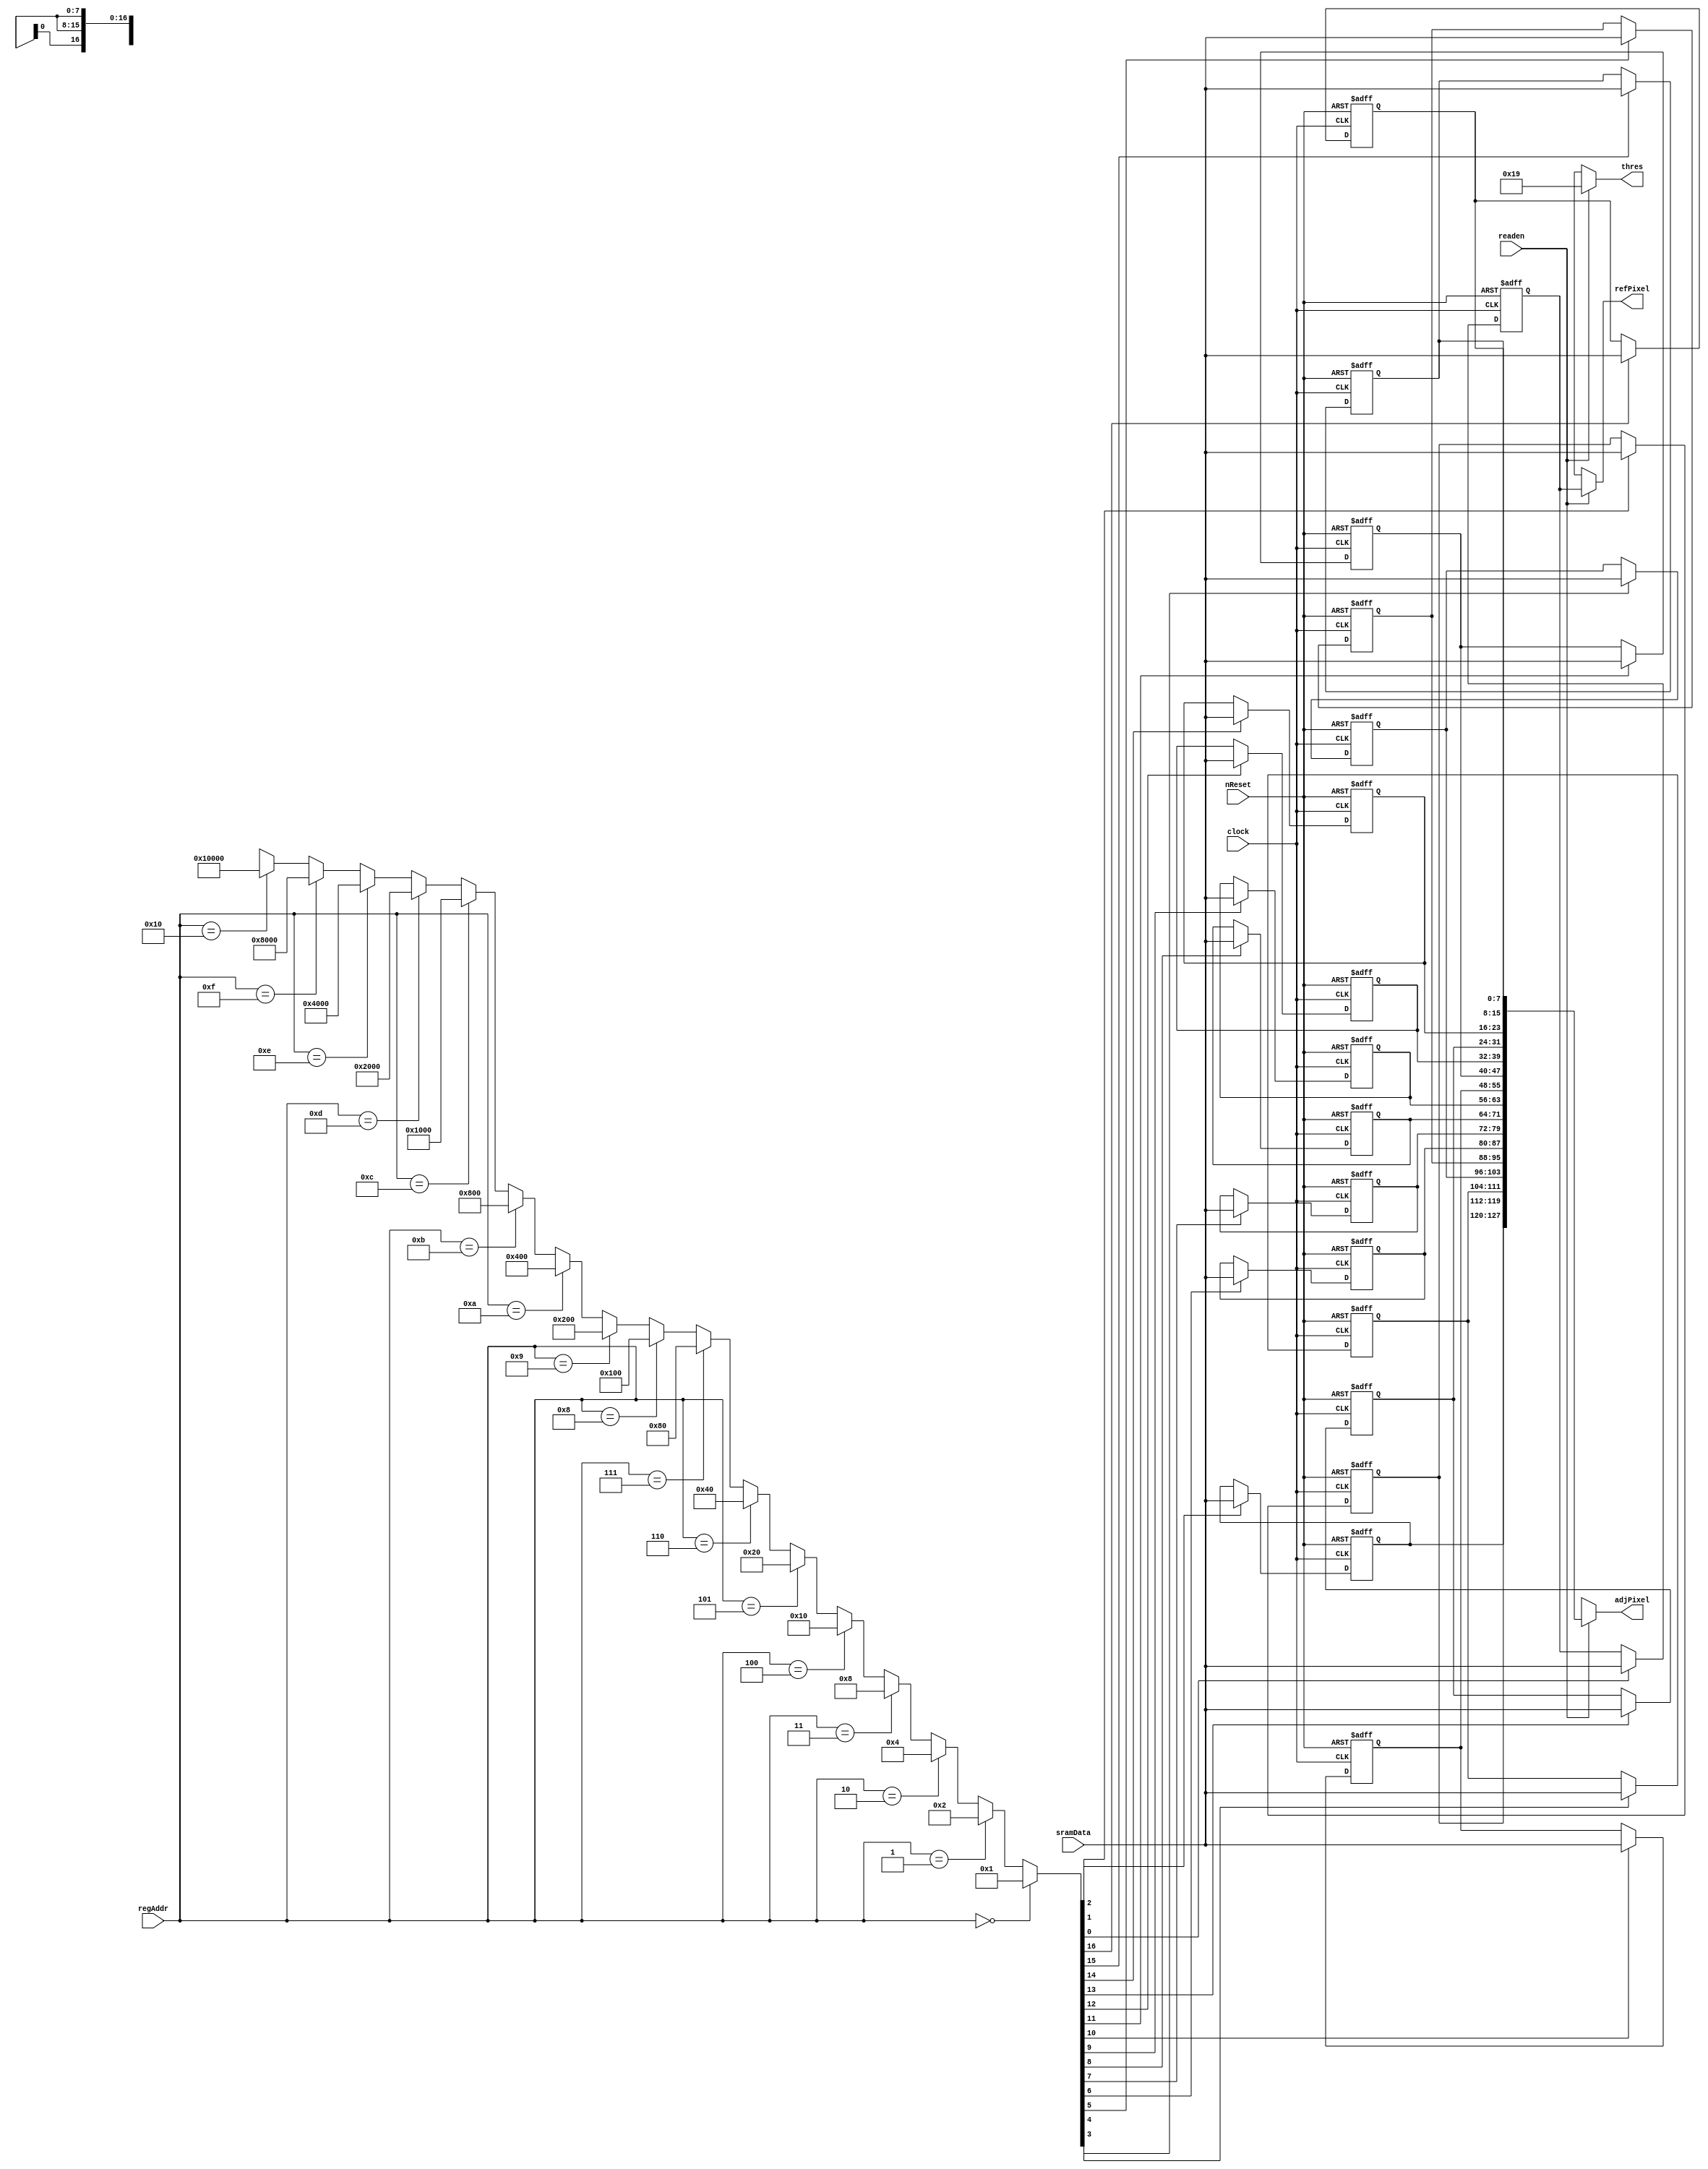
module FD_Reg (clock, nReset, readen, regAddr, sramData, refPixel, adjPixel, thres);
	input clock;
	input nReset;
	input readen; // Datapath input    
	input [4:0] regAddr; //  
	input [7:0] sramData; //   
	output [7:0] refPixel; //   
	output [127:0] adjPixel; //  16  
	output [7:0] thres; // 

	reg [7:0] refPoint; //   
	reg [7:0] r1, r2, r3, r4, r5, r6, r7, r8, r9, r10, r11, r12, r13, r14, r15, r16; //  16   
	
	//        ,  16   .
	wire [16:0] decoder;
	assign decoder =
		(regAddr == 5'd0) ? 17'd1 :
		(regAddr == 5'd1) ? 17'd2 :
		(regAddr == 5'd2) ? 17'd4 :
		(regAddr == 5'd3) ? 17'd8 :
		(regAddr == 5'd4) ? 17'd16 :
		(regAddr == 5'd5) ? 17'd32 :
		(regAddr == 5'd6) ? 17'd64 :
		(regAddr == 5'd7) ? 17'd128 :
		(regAddr == 5'd8) ? 17'd256 :
		(regAddr == 5'd9) ? 17'd512 :
		(regAddr == 5'd10) ? 17'd1024 :
		(regAddr == 5'd11) ? 17'd2048 :
		(regAddr == 5'd12) ? 17'd4096 :
		(regAddr == 5'd13) ? 17'd8192 :
		(regAddr == 5'd14) ? 17'd16384 :
		(regAddr == 5'd15) ? 17'd32768 :
		(regAddr == 5'd16) ? 17'd65536 : 17'bx;
	
	always @ (posedge clock or negedge nReset)
		if (!nReset)
			refPoint <= 8'bx;
		else if (decoder[0])
			refPoint <= sramData;
			
	always @ (posedge clock or negedge nReset)
		if (!nReset)
			r1 <= 8'bx;
		else if (decoder[1])
			r1 <= sramData;

	always @ (posedge clock or negedge nReset)
		if (!nReset)
			r2 <= 8'bx;
		else if (decoder[2])
			r2 <= sramData;
			
	always @ (posedge clock or negedge nReset)
		if (!nReset)
			r3 <= 8'bx;
		else if (decoder[3])
			r3 <= sramData;
			
	always @ (posedge clock or negedge nReset)
		if (!nReset)
			r4 <= 8'bx;
		else if (decoder[4])
			r4 <= sramData;
			
	always @ (posedge clock or negedge nReset)
		if (!nReset)
			r5 <= 8'bx;
		else if (decoder[5])
			r5 <= sramData;
			
	always @ (posedge clock or negedge nReset)
		if (!nReset)
			r6 <= 8'bx;
		else if (decoder[6])
			r6 <= sramData;
			
	always @ (posedge clock or negedge nReset)
		if (!nReset)
			r7 <= 8'bx;
		else if (decoder[7])
			r7 <= sramData;
			
	always @ (posedge clock or negedge nReset)
		if (!nReset)
			r8 <= 8'bx;
		else if (decoder[8])
			r8 <= sramData;
			
	always @ (posedge clock or negedge nReset)
		if (!nReset)
			r9 <= 8'bx;
		else if (decoder[9])
			r9 <= sramData;
			
	always @ (posedge clock or negedge nReset)
		if (!nReset)
			r10 <= 8'bx;
		else if (decoder[10])
			r10 <= sramData;
			
	always @ (posedge clock or negedge nReset)
		if (!nReset)
			r11 <= 8'bx;
		else if (decoder[11])
			r11 <= sramData;
			
	always @ (posedge clock or negedge nReset)
		if (!nReset)
			r12 <= 8'bx;
		else if (decoder[12])
			r12 <= sramData;
			
	always @ (posedge clock or negedge nReset)
		if (!nReset)
			r13 <= 8'bx;
		else if (decoder[13])
			r13 <= sramData;
			
	always @ (posedge clock or negedge nReset)
		if (!nReset)
			r14 <= 8'bx;
		else if (decoder[14])
			r14 <= sramData;
			
	always @ (posedge clock or negedge nReset)
		if (!nReset)
			r15 <= 8'bx;
		else if (decoder[15])
			r15 <= sramData;
			
	always @ (posedge clock or negedge nReset)
		if (!nReset)
			r16 <= 8'bx;
		else if (decoder[16])
			r16 <= sramData;
	
	// readen 1    , 16     Output .
	assign refPixel = (readen) ? refPoint : 8'bx; //  
	assign adjPixel = (readen) ? {r1, r2, r3, r4, r5, r6, r7, r8, r9, r10, r11, r12, r13, r14, r15, r16} : 128'bx; // 16 
	assign thres = (readen) ? 8'd25 : 8'bx; // 
endmodule